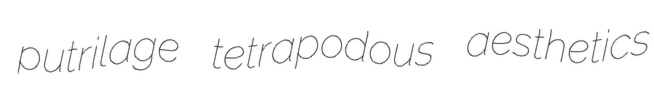
putrilage tetrapodous aesthetics